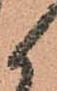
候